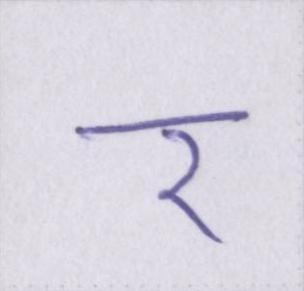
र